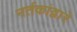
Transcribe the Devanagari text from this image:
नर्तकांद्वारे